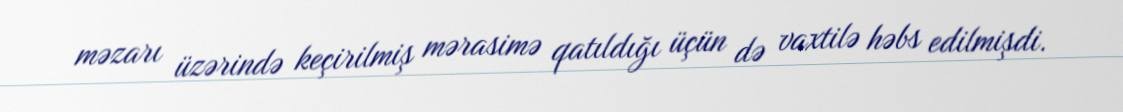
məzarı üzərində keçirilmiş mərasimə qatıldığı üçün də vaxtilə həbs edilmişdi.